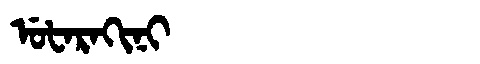
Manchu: ᡠᡶᠠᡵᠠᡴᡳᠨᡳ
Romanization: UFARAKINI